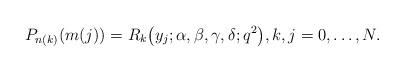
LaTeX: \begin{align*}P_{n(k)}(m(j))=R_k\big(y_j;\alpha,\beta,\gamma,\delta;q^2\big),k,j=0,\dots,N.\end{align*}